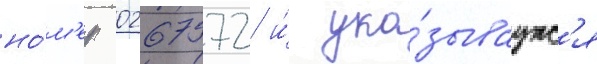
но́м'ер 0267572 и́ ука́зываутс'я